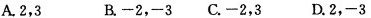
A.2,3 B. -2,-3 C.-2,3 D.2,-3